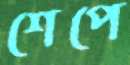
শেপে